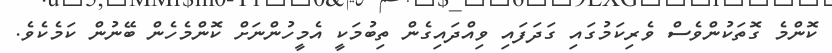
ކޮންމެ ގޮތަކުންވެސް ވެރިކަމުގައި ގަދަފައި ވިއްދައިގެން ތިބުމަކީ އެމީހުންނަށް ކޮންމެހެން ބޭނުން ކަމެކެވެ.